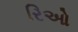
રિઓ